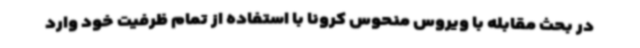
در بحث مقابله با ویروس منحوس کرونا با استفاده از تمام ظرفیت خود وارد